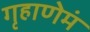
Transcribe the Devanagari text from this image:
गृहाणेमं